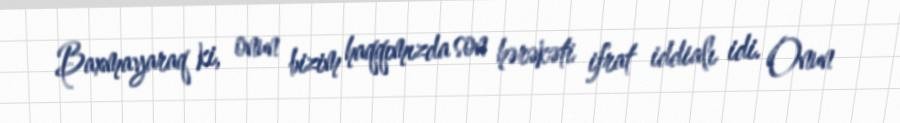
Baxmayaraq ki, onun bizim haqqımızda son hərəkəti ifrat iddialı idi. Onun